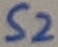
Text: S2